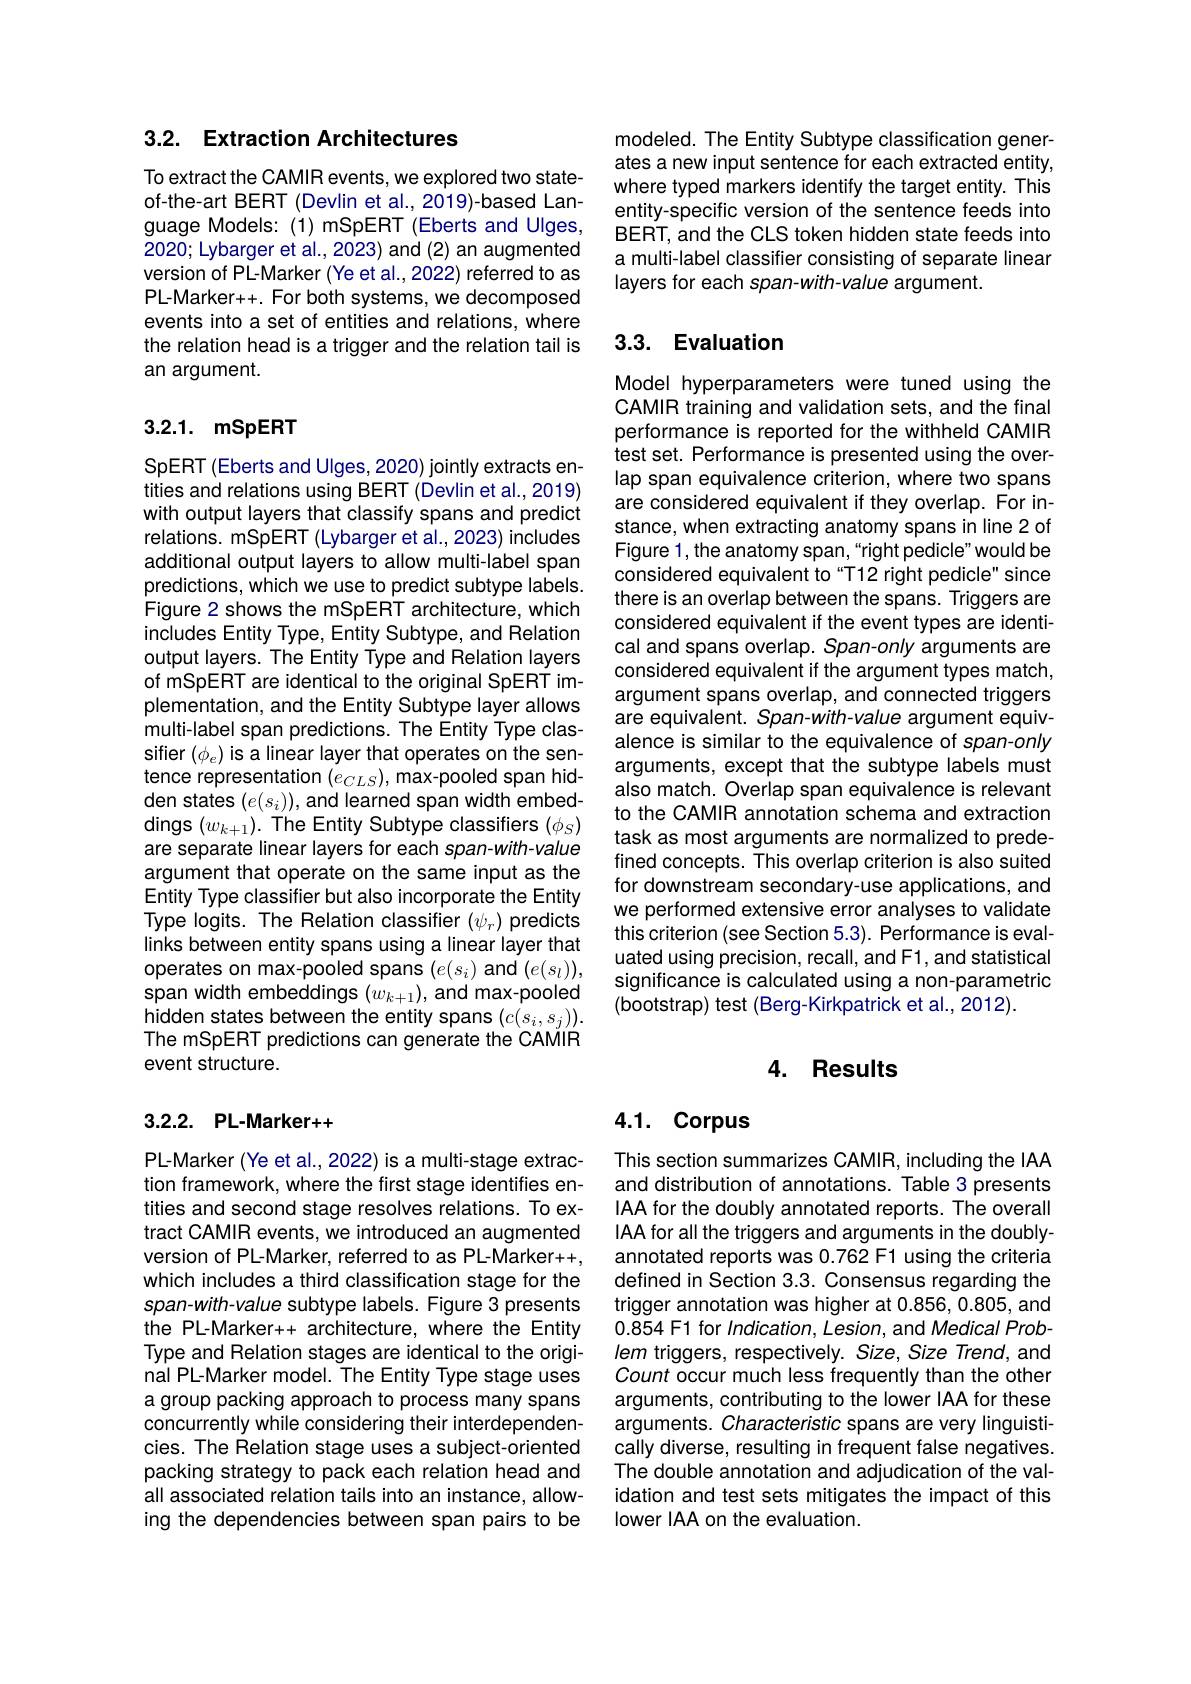
## 3.2. Extraction Architectures

To extract the CAMIR events, we explored two stateof-the-art BERT (Devlin et al.,2019)-based Language Models: (1) mSpERT (Eberts and Ulges, 2020; Lybarger et al., 2023) and (2) an augmented version of PL-Marker (Ye et al.,2022) referred to as PL-Marker+. For both systems, we decomposed events into a set of entities and relations, where the relation head is a trigger and the relation tail is an argument.

## 3.2.1. mSpERT

SpERT (Eberts and Ulges, 2020) jointly extracts entities and relations using BERT (Devlin et al., 2019) with output layers that classify spans and predict relations. mSpERT (Lybarger et al., 2023) includes additional output layers to allow multi-label span predictions, which we use to predict subtype labels. Figure 2 shows the mSpERT architecture, which includes Entity Type, Entity Subtype, and Relation output layers. The Entity Type and Relation layers of mSpERT are identical to the original SpERT implementation, and the Entity Subtype layer allows multi-label span predictions. The Entity Type clasden states $(e(s_i))$, and learned span width embeddings $(w_{k+1}).$ The Entity Subtype classifiers $(\phi_S)$ are separate linear layers for each span-with-value argument that operate on the same input as the Entity Type classifier but also incorporate the Entity Type logits. The Relation classifier (\psi_r) predicts links between entity spans using a linear layer that operates on max-pooled spans $(e(s_i)$ and $(e(s_l))$, span width embeddings $(w_{k+1})$, and max-pooled hidden states between the entity spans $(c(s_i,s_j)).$ The mSpERT predictions can generate the CAMIR event structure.

## 3.2.2. PL-Marker+

PL-Marker (Ye et al., 2022) is a multi-stage extraction framework, where the first stage identifies entities and second stage resolves relations. To extract CAMIR events, we introduced an augmented version of PL-Marker, referred to as PL-Marker+, which includes a third classification stage for the span-with-value subtype labels. Figure 3 presents the PL-Marker+ architecture, where the Entity Type and Relation stages are identical to the original PL-Marker model. The Entity Type stage uses a group packing approach to process many spans concurrently while considering their interdependencies. The Relation stage uses a subject-oriented packing strategy to pack each relation head and all associated relation tails into an instance, allowing the dependencies between span pairs to be

modeled. The Entity Subtype classification generates a new input sentence for each extracted entity, where typed markers identify the target entity. This entity-specific version of the sentence feeds into BERT, and the CLS token hidden state feeds into a multi-label classifier consisting of separate linear layers for each span-with-value argument.

## 3.3. Evaluation

Model hyperparameters were tuned using the CAMIR training and validation sets, and the final performance is reported for the withheld CAMIR test set. Performance is presented using the overlap span equivalence criterion, where two spans are considered equivalent if they overlap. For instance, when extracting anatomy spans in line 2 of Figure 1, the anatomy span, “right pedicle" would be considered equivalent to“T12 right pedicle" since there is an overlap between the spans. Triggers are considered equivalent if the event types are identical and spans overlap. Span-only arguments are considered equivalent if the argument types match, argument spans overlap, and connected triggers are equivalent. Span-with-value argument equivalence is similar to the equivalence of span-only
also match. Overlap span equivalence is relevant to the CAMIR annotation schema and extraction task as most arguments are normalized to predefined concepts. This overlap criterion is also suited for downstream secondary-use applications, and we performed extensive error analyses to validate this criterion (see Section 5.3). Performance is evaluated using precision, recall, and F1, and statistical significance is calculated using a non-parametric (bootstrap) test (Berg-Kirkpatrick et al., 2012).

## 4. Results

# 4.1. Corpus

This section summarizes CAMIR, including the IAA and distribution of annotations. Table 3 presents IAA for the doubly annotated reports. The overall IAA for all the triggers and arguments in the doublyannotated reports was 0.762 F1 using the criteria defined in Section 3.3. Consensus regarding the trigger annotation was higher at 0.856, 0.805, and 0.854 F1 for Indication, Lesion, and Medical Problem triggers, respectively. Size, Size Trend, and Count occur much less frequently than the other arguments, contributing to the lower IAA for these arguments. Characteristic spans are very linguistically diverse, resulting in frequent false negatives. The double annotation and adjudication of the validation and test sets mitigates the impact of this lower IAA on the evaluation.